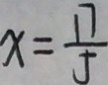
x = \frac { 1 7 } { 5 }